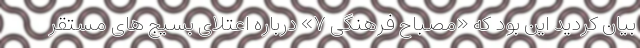
بیان کردید این بود که «مصباح فرهنگی ۷» درباره اعتلای بسیج های مستقر